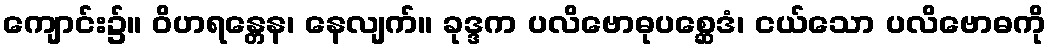
ကျောင်း၌။ ဝိဟရန္တေန၊ နေလျက်။ ခုဒ္ဒက ပလိဗောဓုပစ္ဆေဒံ၊ ငယ်သော ပလိဗောဓကို